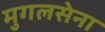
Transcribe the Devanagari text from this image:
मुगलसेना